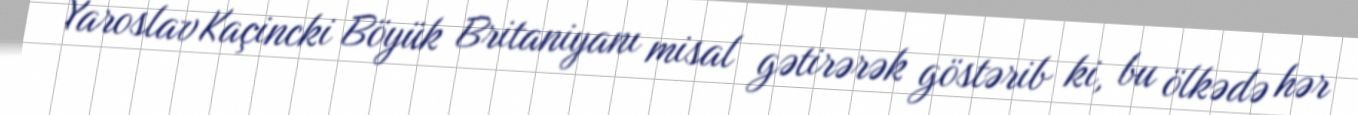
Yaroslav Kaçincki Böyük Britaniyanı misal gətirərək göstərib ki, bu ölkədə hər